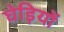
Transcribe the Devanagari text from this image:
घेड़ियों